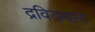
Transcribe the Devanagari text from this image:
द्रविड़यान